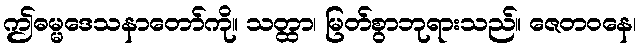
ဤဓမ္မဒေသနာတော်ကို။ သတ္ထာ၊ မြတ်စွာဘုရားသည်။ ဇေတဝနေ၊